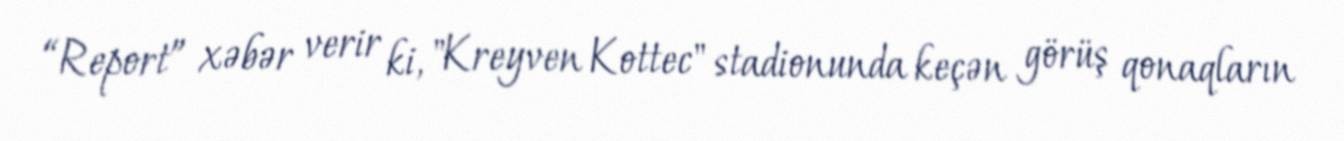
“Report” xəbər verir ki, "Kreyven Kottec" stadionunda keçən görüş qonaqların